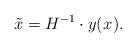
LaTeX: \begin{align*}\tilde{x} = H^{-1} \cdot y(x_{}).\end{align*}